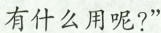
有什么用呢?”